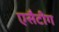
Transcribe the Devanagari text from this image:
एसैटीग